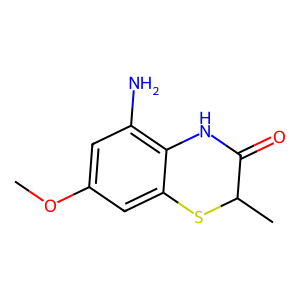
SMILES: COc1cc(N)c2c(c1)SC(C)C(=O)N2
Inhibits HIV replication: No